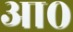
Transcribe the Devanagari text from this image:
आ०